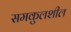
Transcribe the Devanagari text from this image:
समकुलशील